Report on the treatment of epidemic cholera: from information collected by the governments of Bengal, Madras, Bombay, N.W. Provinces, Punjab, Oudh, and Central India, by order of the Government of India
Disease focus: Cholera
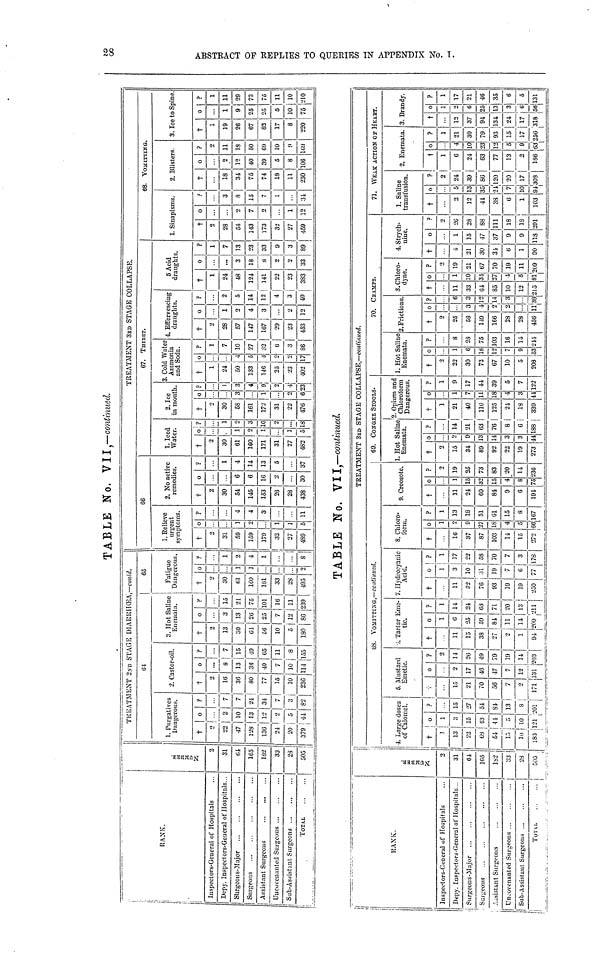
TABLE No. VII,—continued.
RANK.
Inspectors-General of Hospitals
Depy. Inspectors-Goueral of Hospitals .
Surgeons-Major
Surgeons
Assistant Surgeons
Uncufcnanted Surgcons
Sub-Assibtant Surgeons
TOTAL
3
2
31
64
165
182
33
28
505
TREATMENT 2ND STAGE DIAKUIKEA,—eonld.
1. Purgatives
Dangerous.
†
o
32
47
128
136
24
20|
379
2
10
13
12
2
5
41
7
7
21
34|
7
3
82
61
2. Castor-oil.
†
2
10
36
80
77
15
10
236
0
...
8
13
34
40
7
10
114
?
7
15
49
65
11
155
3. Hot Saline
Enemata.
†
2
13
30
61
66
10
5
180
0
3
13
20
25
7
12
86
?
15
21
75
101
10
11
239
65
Fatigue
Dangerous.
†
2
30
61
160
181
33
28
495
0
1
1
2
?
1
2
4
1
• •
•• !
8
1. Believe
urgent
symptoms.
†
2
31
59
159
179
32
27
489
0
1
2
1
1
5
?
4
4
3
11
66
2. No active
remedies.
†
2
30
54
146
163
26
28
438
0
...
6
6
16
2
...
30
?
1
4
14
13
5
37
1. Ieed
Water.
†
2
30
61
160
171
31
27
482
0
•
1
2
1
1
5
?
...
1
2
3
10
2
...
18
TREATMENT 3RD STAGE COLLAPSE.
. 2. Ice
in mouth.
†
2
30
58
161
172
31
22
476
0
3
1
...
2
6
?
'
3
9
2
4
23
67. TMRST.
3. Cold Water
Ammonia
and Soda.
†
1
24
50
133
146
25
23
402
0
••
4
5
1
2
2
17
?
1
7
10
27
32
«
3
86
4. Effervescing
draughts.
†
2
28
57
147
167
29
23
463
0
1
2
4
3
2
12
?
2
5
14
12
4
3
40
6 Acid
draughts.
†
1
| 24
48
124
141
22
23
383
0
...
3
18
S
2
2
33
?
1
7
13
23
33
9
3
89
1. Sinapisms.
†
S
28
54
143
173
32
27
459
0
2 7
2
1
12
?
3
8
15
7
1
34
68. Vomitting.
2. Blisters.
†
18
34
75
74
18
11
230
0
2
12
40
39
6
8
100
?
2
11
18
50
69
10
!»
169
S. Ice to Spine.
†
1
19
26
67
82
17
8
220
0
1
9
25
25
10
75
?
1
11
29
73
75
11
10
210
TABLE No. VII,—continued.
RANK.
Inspectors-General of Hospitals
Depy. Inspectors-General of Hospitals ..
csistuit Surgeons
Uncovenanted Surgeons
| Sub-Assistant Surgeons
Total,
M
g
2
31
01
165
182
33
28
505
4. Large doses
of Calomel.
†
13
22
68
51
15
10
183
•
1
3
15
43
41
5
10
121
?
15
27
54
84
13
8
201
68. VOMITTIÎTG,—continued.
6. Mustard
Emetic.
.
...
15
21
70
56
7
2
171
0
2
17
46
47
7
12
131
?
2
14
26
49
79
19
11
203
J. Tartar Eme-
tic.
†
11
15
38
27
2
1
04
0
1
6
25
59
81
11
14
200
?
1
14
21
68
71
20
13
211
7. Hydrocyanic
Acid.
†
11
S3
76
93
19
19
230
0
1
3
10
31
19
7
6
77
?
1
17
22
58
70
7
3
178
8. Chloro-
form.
†
16
37
87
103
11
15
272
0
1
2
S
27
18
4
5
66
?
1
13
18
51
61
15
8
167
TREATMENT 3RD STAGE COLLAPSE,—continued.
9. Creosote.
†
11
24
60
81
9
6
191
0
1
15
32
15
4
8
75
?
2
19
35
73
83
20
14
236
69. CONGEE STOOLS.
1. Hot Saline
Enemata.
†
2
15
34
89
92
22
19
273
0
2
9
13
14
3
3
44
?
14
21
63 |
76 |
8|
6
188 |
2. Opium and
Chloroform
Dangerous.
†
1
21
40
110
125
21
18
339
0
1
7
11
18
4
3
11
?
1
9
17
44
39
5
7
122
1. Hot Saline
Enomata.
†
2
22
30
73
67
10
5
208
0
1
6
18
12
7
9
53
?
...
8
28
75
103
16
11
211
70. CHAMPS.
2. Frictions.
†
2
25
58
149
166
28
28
456
0
3
1
2
...
11
?
6
3
12
14
3
»
3.Chloro-
dyne.
† 0
11 1
33 10
61 31
85 27
10 1
12 5
215 81
?
2
19
21
67
70
19
11
209
4. Strych-
nine.
†
4
31
30
31
6
1
90
0
1
15
47
37
9
9
118
?
2
26
28
88
111
18
18
291
71. WEAK ACTION OF HEART.
1. Saline
transfusion.
†
...
2
12
41
38
6
1
103
0
5
13
35
7
91.
?
24
39
86
120
20
17
308
2. Enemata,
†
1
•
24
63
77
13
2
186
0
4
10
23
12
5
9
63
?
1
21
30
79
93
15
17
256
3. Brandy.
†
...
13
37
94
134
24
17
318
0
1
2
6
25
13
3
6
56
?
1
17
21
46
35
6
5
131